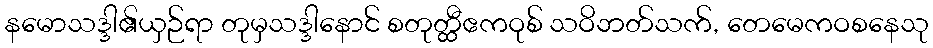
နမောသဒ္ဒါ၏ယှဉ်ရာ တုမှသဒ္ဒါနောင် စတုတ္ထီဧကဝုစ် သဝိဘတ်သက်, တေမေကဝစနေသု